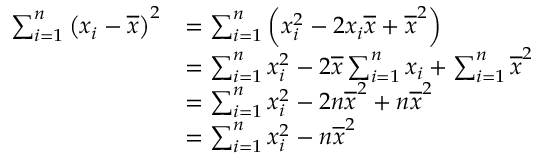
{ \begin{array} { r l } { \sum _ { i = 1 } ^ { n } \left( x _ { i } - { \overline { { x } } } \right) ^ { 2 } } & { = \sum _ { i = 1 } ^ { n } \left( x _ { i } ^ { 2 } - 2 x _ { i } { \overline { { x } } } + { \overline { { x } } } ^ { 2 } \right) } \\ & { = \sum _ { i = 1 } ^ { n } x _ { i } ^ { 2 } - 2 { \overline { { x } } } \sum _ { i = 1 } ^ { n } x _ { i } + \sum _ { i = 1 } ^ { n } { \overline { { x } } } ^ { 2 } } \\ & { = \sum _ { i = 1 } ^ { n } x _ { i } ^ { 2 } - 2 n { \overline { { x } } } ^ { 2 } + n { \overline { { x } } } ^ { 2 } } \\ & { = \sum _ { i = 1 } ^ { n } x _ { i } ^ { 2 } - n { \overline { { x } } } ^ { 2 } } \end{array} }